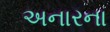
અનારના